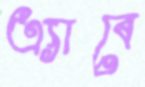
এ্যাবে